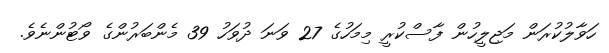
ހަވާލުކުރަން މަޖިލީހުން ފާސްކުރީ މިމަހުގެ 27 ވަނަ ދުވަހު 39 މެންބަރުންގެ ވޯޓުންނެވެ.